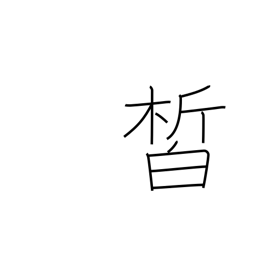
Meaning: clear